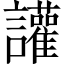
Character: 讙